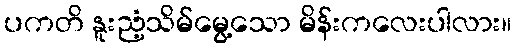
ပကတိ နူးညံ့သိမ်မွေ့သော မိန်းကလေးပါလား။